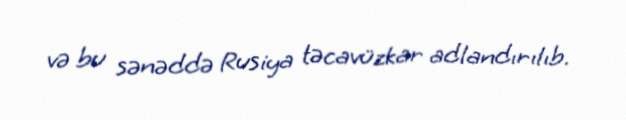
və bu sənəddə Rusiya təcavüzkar adlandırılıb.